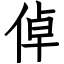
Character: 倬